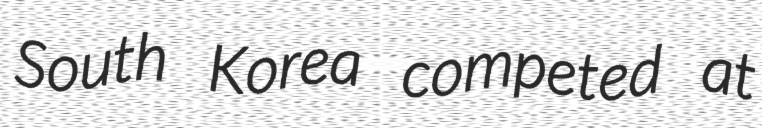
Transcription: South Korea competed at